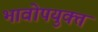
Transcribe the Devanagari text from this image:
भावोपयुक्त